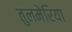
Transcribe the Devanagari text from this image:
तुलमेरिया